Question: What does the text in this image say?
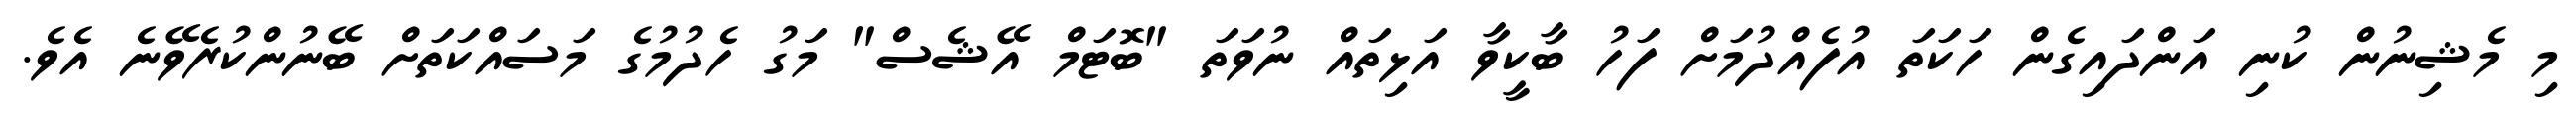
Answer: މި މެޝިނުން ކުނި އަންދައިގެން ހަކަތަ އުފެއްދުމަށް ފަހު ބާކީވާ އަޅިތައް ނުވަތަ "ބޮޓަމް އޭޝެސް" މަގު ހެދުމުގެ މަސައްކަތަށް ބޭނުންކުރެވޭނެ އެވެ.